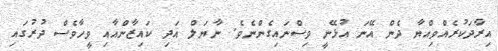
އިރާދަކުރެއްވިއްޔާ ދެން އޭނަ އުޅޭނީ ވިސްނައިގެންނެވެ. ނާޔަލް އަދި ކައިޒާންއާއި ވީހާވެސް ދުރުގައި